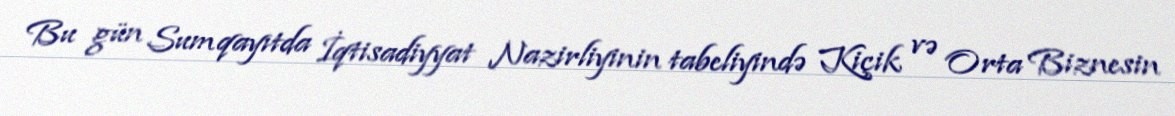
Bu gün Sumqayıtda İqtisadiyyat Nazirliyinin tabeliyində Kiçik və Orta Biznesin